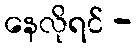
နေလိုရင် -